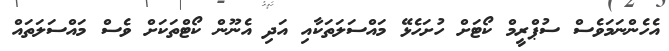
އެހެންނަމަވެސް ސުޕްރީމް ކޯޓަށް ހުށަހެޅޭ މައްސަލަތަކާއި އަދި އެނޫން ކޯޓްތަކަށް ވެސް މައްސަލަތައް